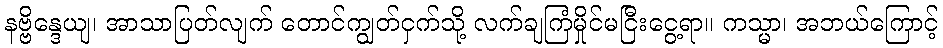
နဗ္ဗိန္ဒေယျ၊ အာသာပြတ်လျက် တောင်ကျွတ်ငှက်သို့ လက်ချကြံမှိုင်မငြီးငွေ့ရာ။ ကသ္မာ၊ အဘယ်ကြောင့်